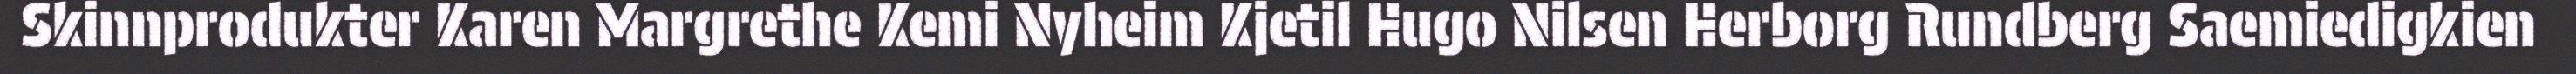
Skinnprodukter Karen Margrethe Kemi Nyheim Kjetil Hugo Nilsen Herborg Rundberg Saemiedigkien